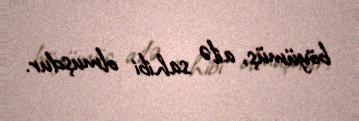
böyümüş, ailə sahibi olmuşdur.